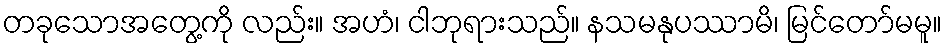
တခုသောအတွေ့ကို လည်း။ အဟံ၊ ငါဘုရားသည်။ နသမနုပဿာမိ၊ မြင်တော်မမူ။